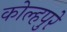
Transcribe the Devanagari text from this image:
कोल्हपुरे